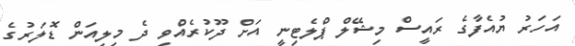
އަހަރު ޔުއެފާގެ ރައީސް މިޝޭލް ޕްލެޓިނީ އަށް ދޫކުރެއްވި ދެ މިލިއަން ޑޮލަރުގެ